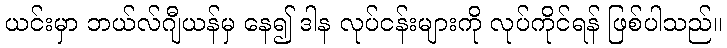
ယင်းမှာ ဘယ်လ်ဂျီယန်မှ နေ၍ ဒါန လုပ်ငန်းများကို လုပ်ကိုင်ရန် ဖြစ်ပါသည်။